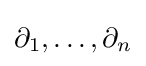
\partial _{1},\ldots ,\partial _{n}